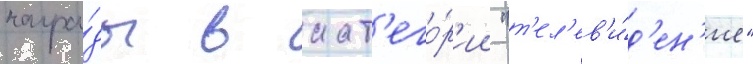
награ́ды в кат'его́р'ии "т'ел'ев'и́д'ен'ие"